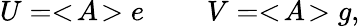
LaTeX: U=<\! A\! >e\: \: \: \: \: \: \: \: \: \: V=<\! A\! >g,